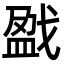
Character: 戤